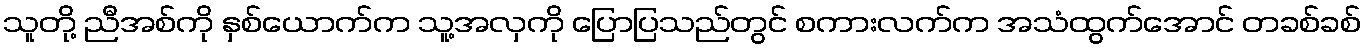
သူတို့ ညီအစ်ကို နှစ်ယောက်က သူ့အလှကို ပြောပြသည်တွင် စကားလက်က အသံထွက်အောင် တခစ်ခစ်